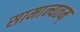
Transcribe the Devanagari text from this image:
सामान्यतम्